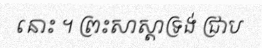
នោះ ។ ព្រះសាស្តាទ្រង់ ជ្រាប